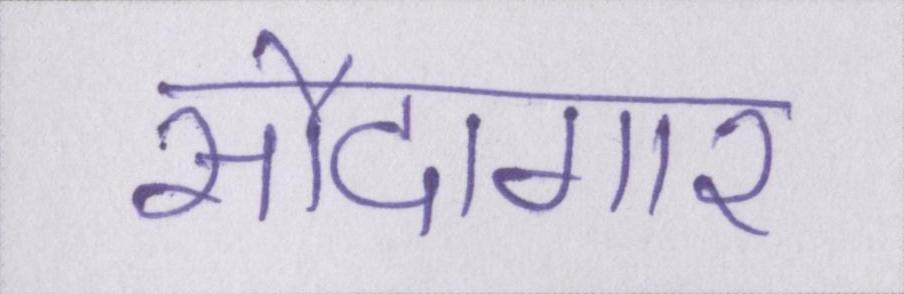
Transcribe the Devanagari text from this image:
सौदागार